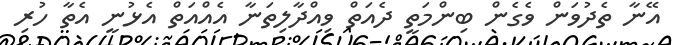
އޭނާ ތެދުވަން ވެގެން ބިންމަތީ ދެއަތް ވިއްދާލިތަނާ އެއްއަތް އެޅުނީ އެތާ ހުރި